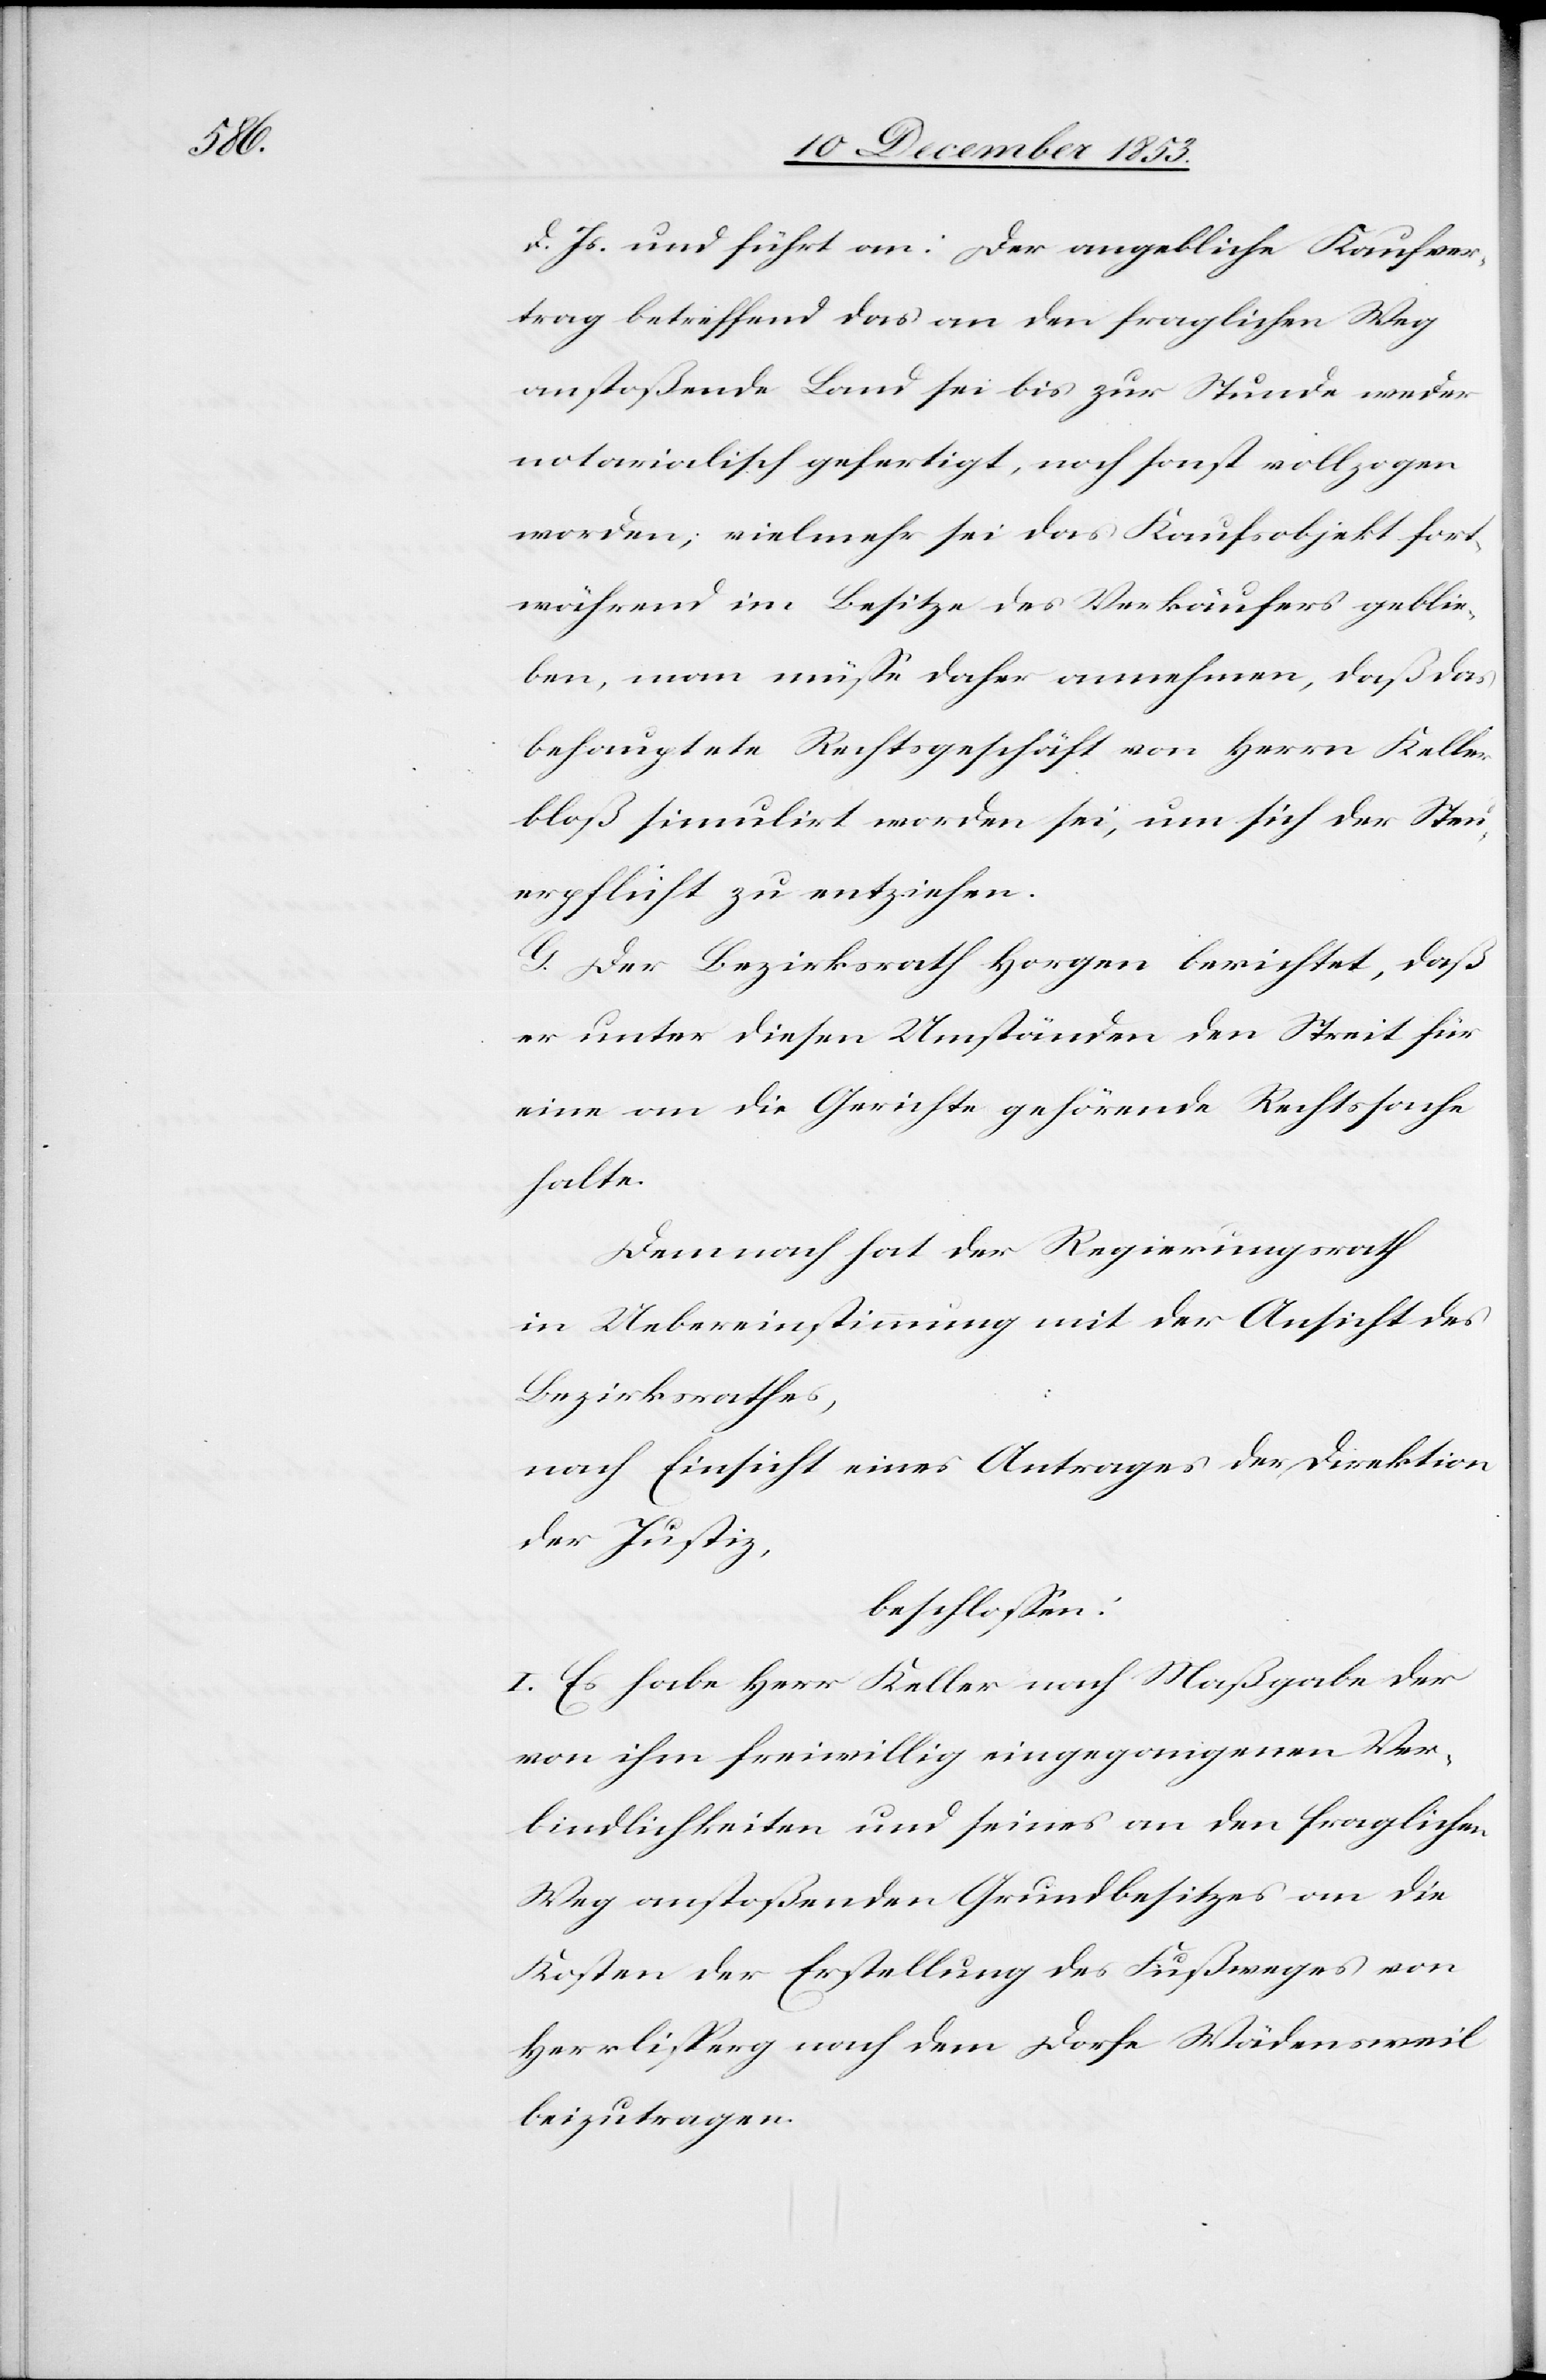
d. Js. und führt an: Der angebliche Kaufver¬
trag betreffend das an den fraglichen Weg
anstoßende Land sei bis zur Stunde weder
notarialisch gefertigt, noch sonst vollzogen
worden; vielmehr sei das Kaufsobjekt fort¬
während im Besitze des Verkäufers geblie¬
ben, man müße daher annehmen, daß das
behauptete Rechtsgeschäft von Herrn Keller
bloß simulirt worden sei, um sich der Steu¬
erpflicht zu entziehen.
G. Der Bezirksrath Horgen berichtet, daß
er unter diesen Umständen den Streit für
eine an die Gerichte gehörende Rechtssache
halte.
Demnach hat der Regierungsrath
in Uebereinstimmung mit der Ansicht
Bezirksrathes,
nach Einsicht eines Antrages der Direktion
der Justiz,
beschloßen:
I. Es habe Herr Keller nach Maßgabe der
von ihm freiwillig eingegangenen Ver¬
bindlichkeiten und seines an den fraglichen
Weg anstoßenden Grundbesitzes an die
Kosten der Erstellung des Fußweges von
Herrlisperg nach dem Dorfe Wädensweil
beizutragen.